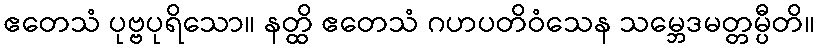
ဧတေသံ ပုဗ္ဗပုရိသော။ နတ္ထိ ဧတေသံ ဂဟပတိဝံသေန သမ္ဘေဒမတ္တမ္ပီတိ။